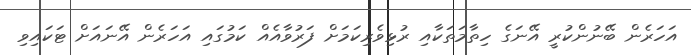
އަހަރެން ބޭނުންކުރީ އޭނަގެ ހިތާމަތަކާއި ރުޅިވެރިކަމަށް ފަރުވާއެއް ކަމުގައި އަހަރެން އޭނައަށް ޓަކައިވި